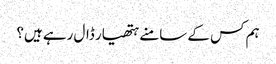
ہم کس کے سامنے ہتھیار ڈال رہے ہیں؟